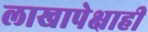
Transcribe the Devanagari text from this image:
लाखापेक्षाही